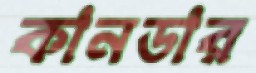
কানডার